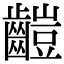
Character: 䶣